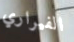
الفيراري